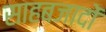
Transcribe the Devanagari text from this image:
साहबजादों